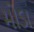
મોડા